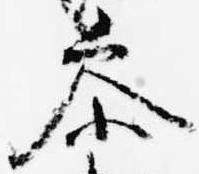
参